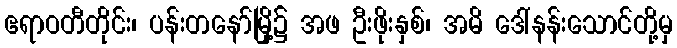
ဧရာဝတီတိုင်း၊ ပန်းတနော်မြို့၌ အဖ ဦးဖိုးနှစ်၊ အမိ ဒေါ်နန်းသောင်တို့မှ